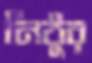
নিঠুর